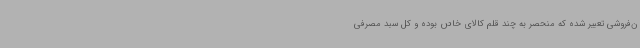
ن‌فروشی تعبیر شده که منحصر به چند قلم کالای خاص بوده و کل سبد مصرفی